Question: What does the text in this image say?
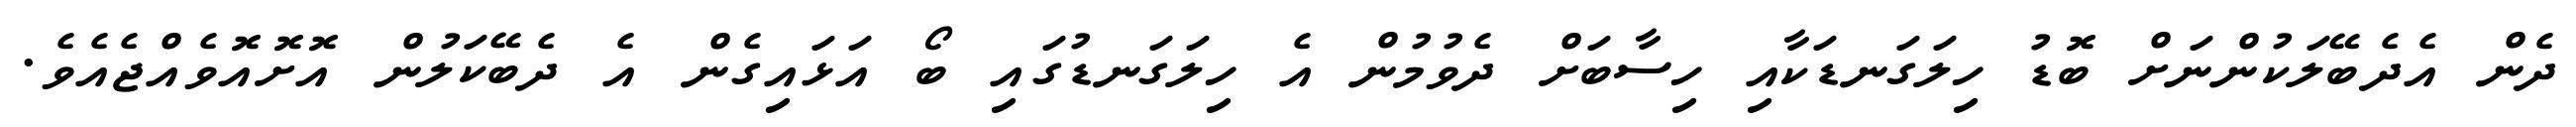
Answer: ދެން އެދެބޭލަކުންނަށް ބޮޑު ހިލަގަނޑަކާއި ހިސާބަށް ދެވުމުން އެ ހިލަގަނޑުގައި ބޯ އަޅައިގެން އެ ދެބޭކަލުން އޮށޮއޮވެއްޖެއެވެ.